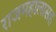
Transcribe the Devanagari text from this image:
राजमहालासह